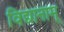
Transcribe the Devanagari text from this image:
विद्यानाम्